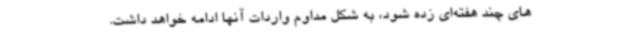
های چند هفته‌ای زده شود، به شکل مداوم واردات آنها ادامه خواهد داشت.